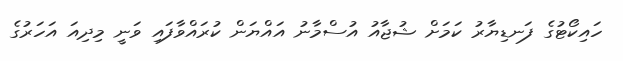
ހައިކޯޓުގެ ފަނޑިޔާރު ކަމަށް ޝުޖާއު އުސްމާނު އައްޔަން ކުރައްވާފައި ވަނީ މިދިއަ އަހަރުގެ